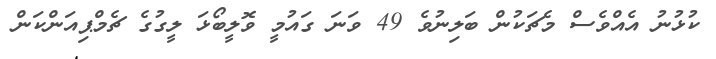
ކުޅުނު އެއްވެސް މެޗަކުން ބަލިނުވެ 49 ވަނަ ގައުމީ ވޮލީބޯޅަ ލީގުގެ ޗެމްޕިއަންކަން